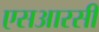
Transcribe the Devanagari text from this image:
एसआरसी